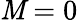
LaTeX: \mathit{M}=0